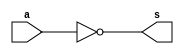
`timescale 1ns / 1ps
//////////////////////////////////////////////////////////////////////////////////
// Company: 
// Engineer: 
// 
// Design Name: 
// Module Name: not_1
// Project Name: 
// Target Devices: 
// Tool Versions: 
// Description: 
// 
// Dependencies: 
// 
// Revision:
// Revision 0.01 - File Created
// Additional Comments:
// 
//////////////////////////////////////////////////////////////////////////////////


module not_1(a,s);
input a;
output s;
assign s=~a;
endmodule